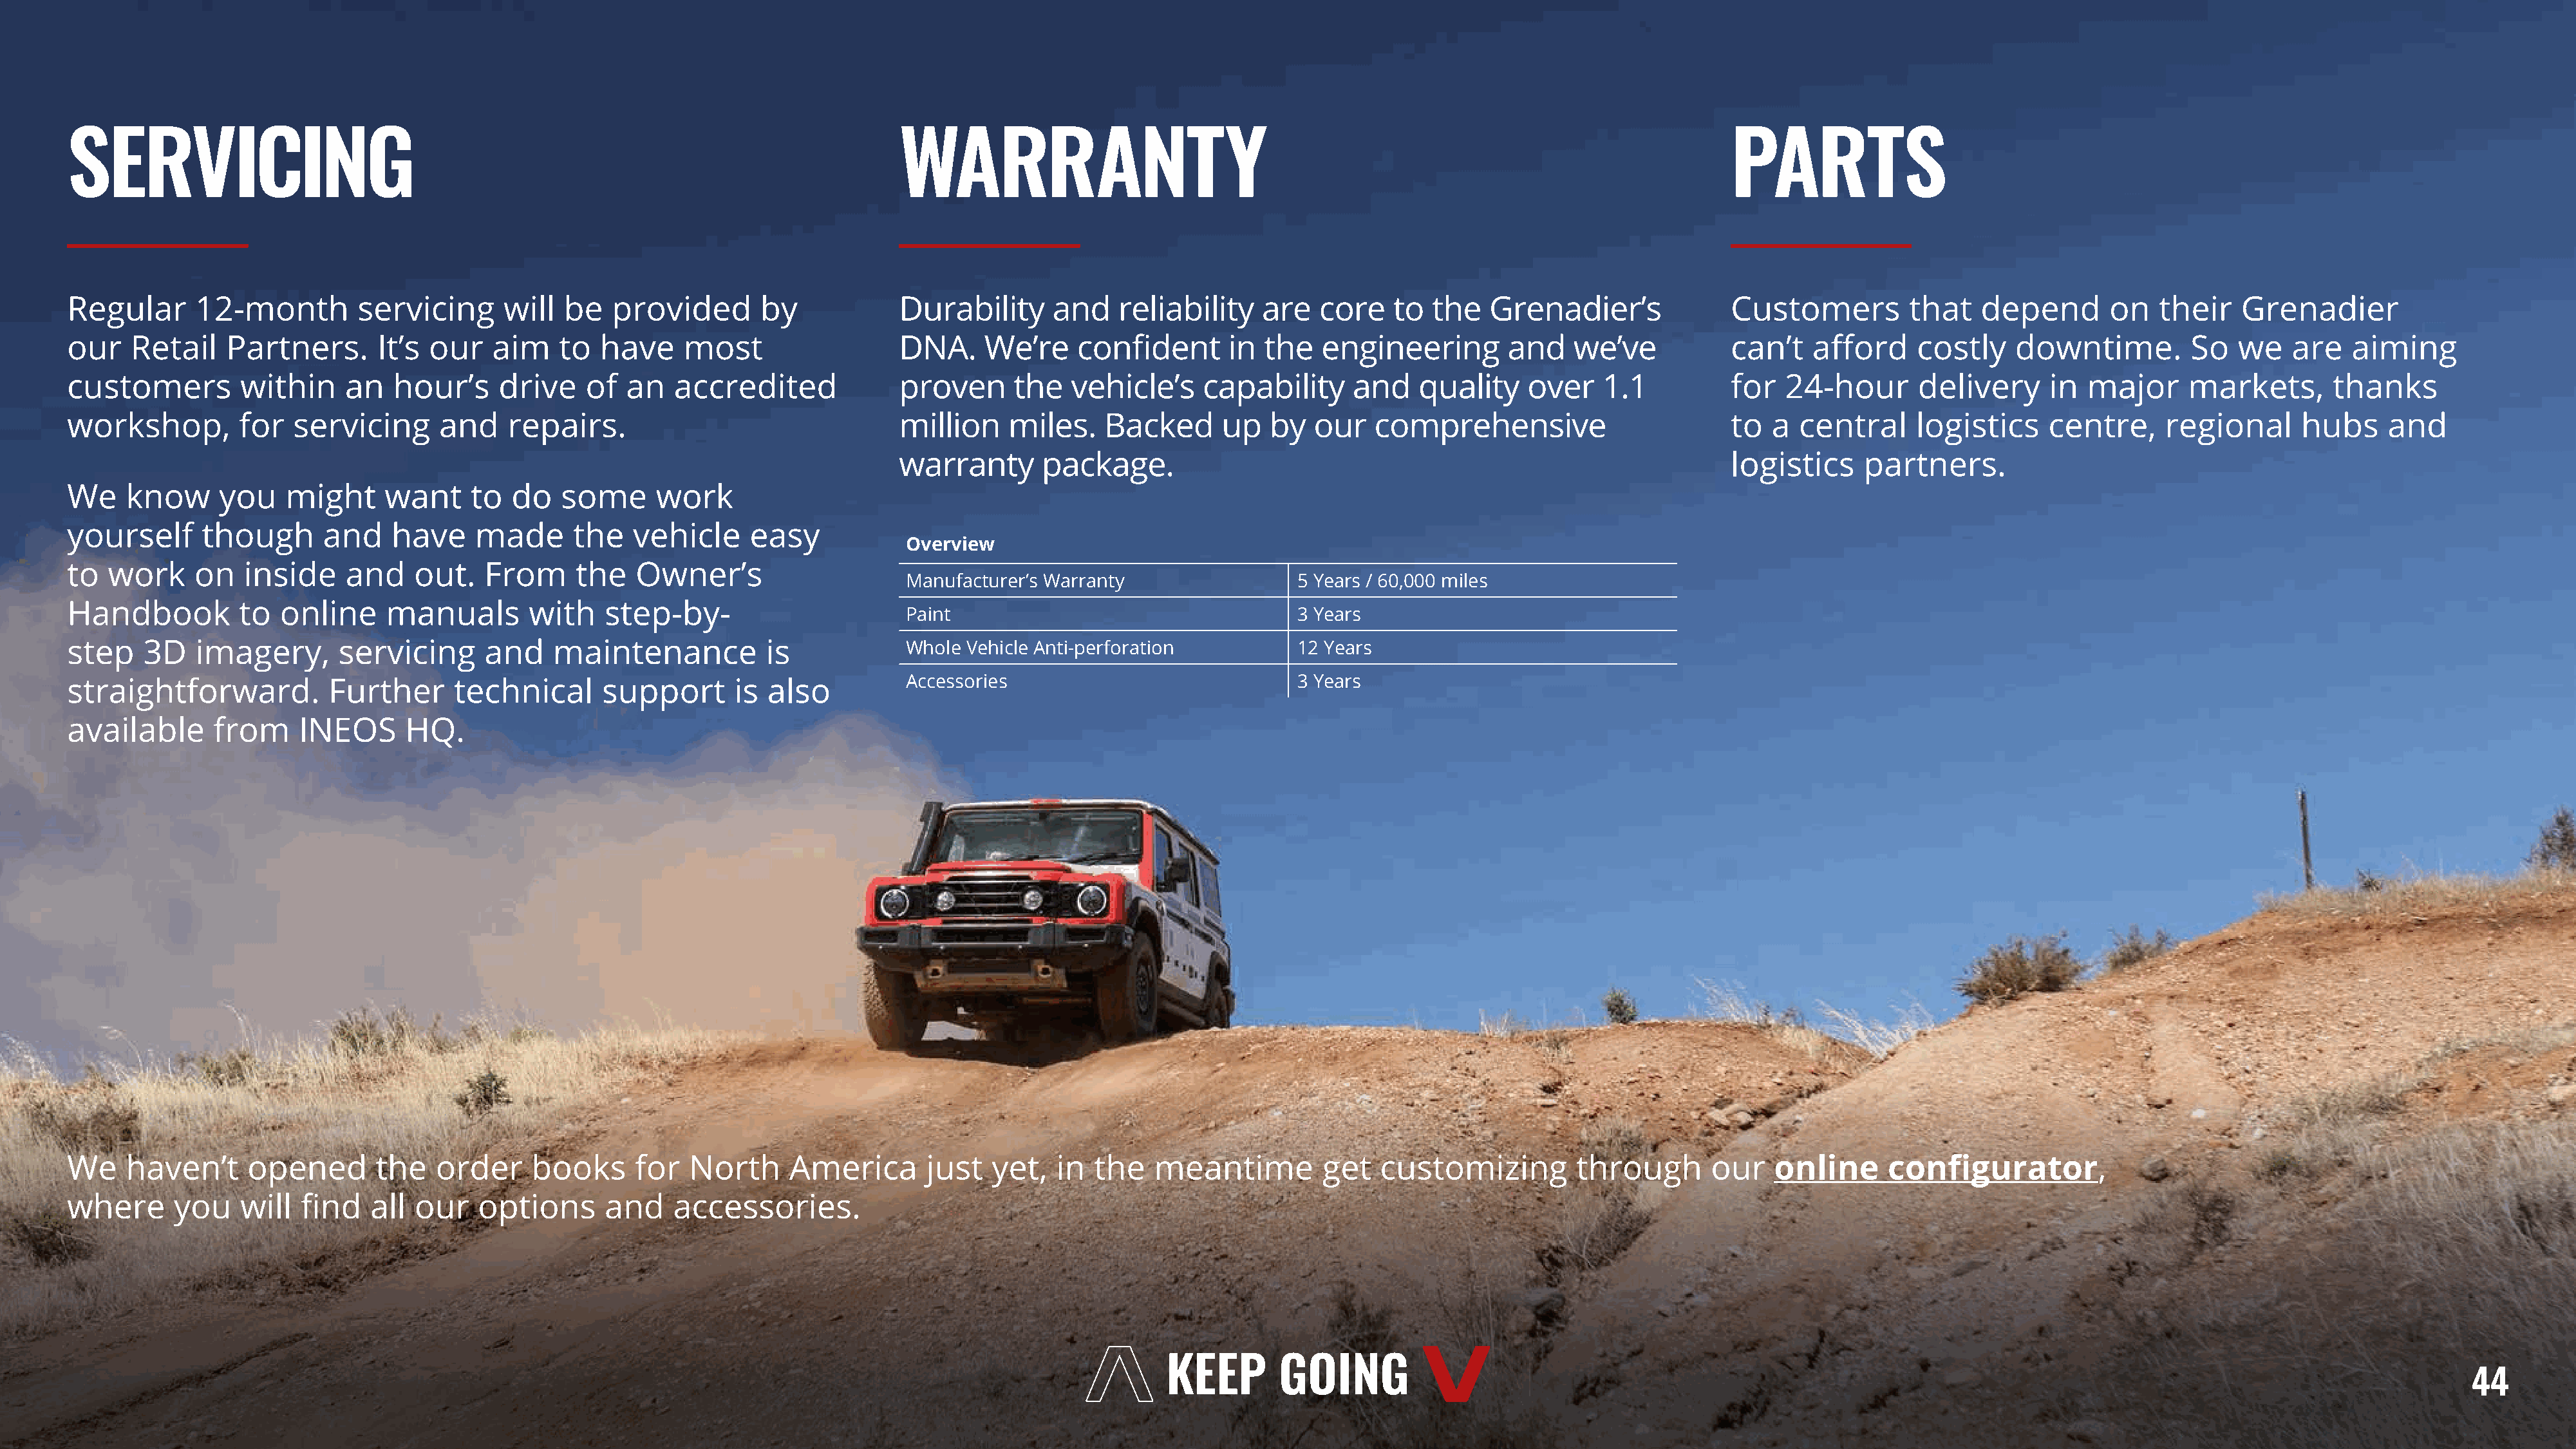
SERVICING                                                                            WARRANTY                                                                              PARTS
 Regular      12-month         servicing      will  be   provided       by            Durability      and    reliability    are   core   to  the   Grenadier’s              Customers         that    depend       on   their   Grenadier
 our   Retail    Partners.       It’s our    aim   to   have    most                  DNA.     We’re     confident      in  the   engineering        and    we’ve           can’t   afford     costly    downtime.         So   we    are   aiming
 customers         within    an   hour’s     drive    of  an   accredited             proven      the   vehicle’s     capability     and    quality    over    1.1          for  24-hour       delivery      in  major     markets,       thanks
 workshop,         for  servicing      and    repairs.                                million     miles.    Backed      up   by  our   comprehensive                        to  a  central     logistics     centre,     regional      hubs    and
 warranty       package.                                                               logistics     partners.
 We    know      you   might      want    to   do   some     work
 yourself      though      and    have     made      the   vehicle     easy
 Overview
 to  work     on   inside     and    out.   From     the   Owner’s
 Manufacturer’s Warranty                 5 Years / 60,000 miles
 Handbook          to  online     manuals       with    step-by-
 Paint                                   3 Years
 step    3D   imagery,       servicing      and    maintenance           is            Whole Vehicle Anti-perforation          12 Years
 straightforward.           Further      technical      support      is  also          Accessories                             3 Years
 available      from     INEOS      HQ.
 We    haven’t     opened        the   order     books     for   North     America       just   yet,   in the    meantime         get   customizing         through       our   online      configurator,
 where      you    will  find   all  our   options      and    accessories.
 44